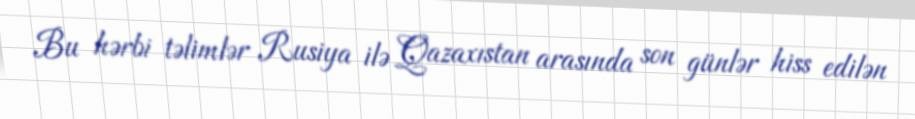
Bu hərbi təlimlər Rusiya ilə Qazaxıstan arasında son günlər hiss edilən